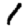
Digit: 1